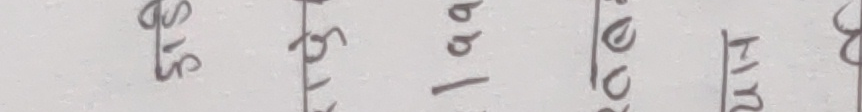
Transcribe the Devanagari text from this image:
प्रियसटमा श्रृंगलतह १ाबपब कणचोक नियमकर सषयलत